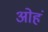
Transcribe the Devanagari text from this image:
ओहं